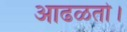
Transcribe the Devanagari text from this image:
आढळतो।